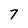
Character: 7